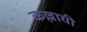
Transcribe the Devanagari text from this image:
कल्लायी